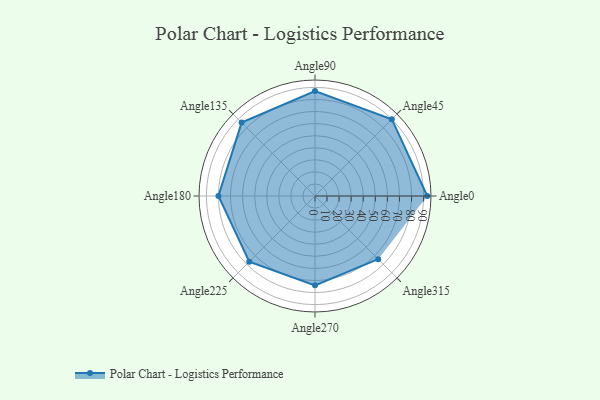
{"axis": {"x": "Angle", "y": "Radius"}, "legend": [""], "data": [{"x": "Angle0", "y": 93.0, "type": ""}, {"x": "Angle45", "y": 90.0, "type": ""}, {"x": "Angle90", "y": 87.0, "type": ""}, {"x": "Angle135", "y": 86.0, "type": ""}, {"x": "Angle180", "y": 80.0, "type": ""}, {"x": "Angle225", "y": 77.0, "type": ""}, {"x": "Angle270", "y": 74.0, "type": ""}, {"x": "Angle315", "y": 74.0, "type": ""}]}